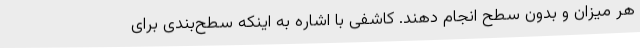
هر میزان و بدون سطح انجام دهند. کاشفی با اشاره به اینکه سطح‌بندی برای